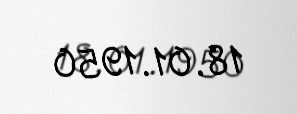
18.01.1950